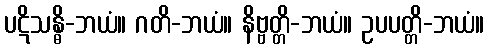
ပဋိသန္ဓိ-ဘယံ။ ဂတိ-ဘယံ။ နိဗ္ဗတ္တိ-ဘယံ။ ဥပပတ္တိ-ဘယံ။